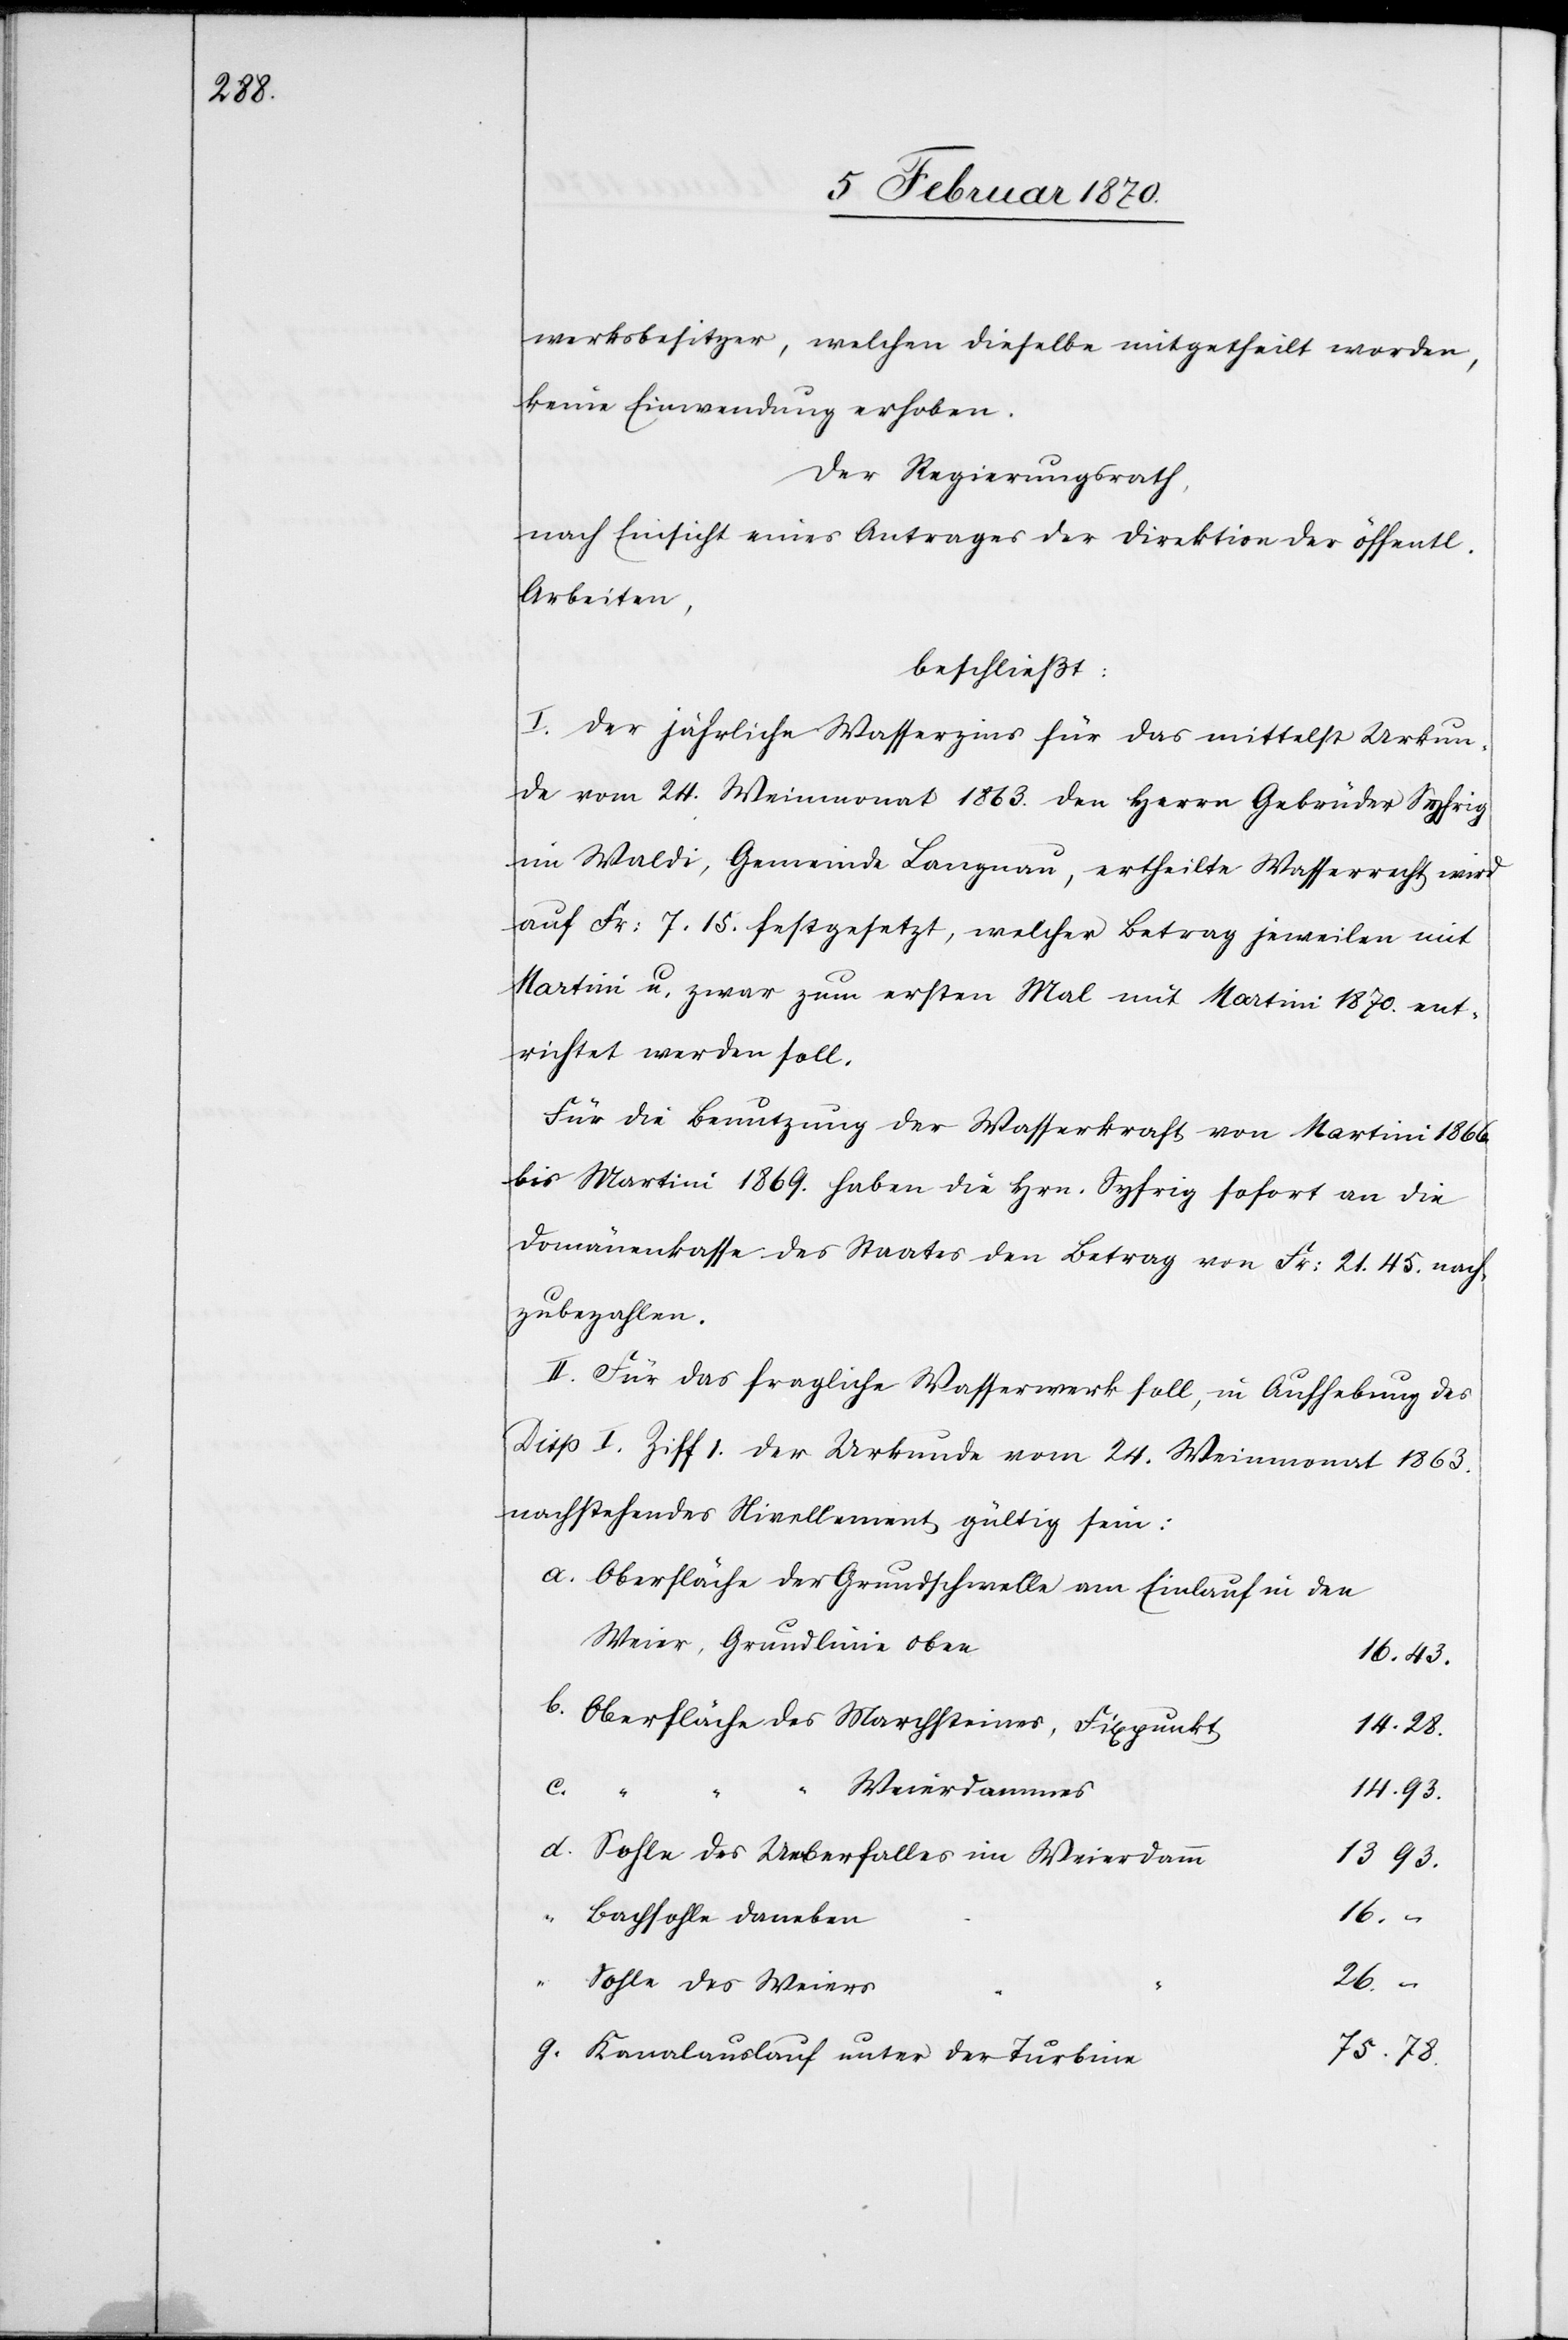
werksbesitzer, welchen dieselbe mitgetheilt worden,
keine Einwendung erhoben.
Der Regierungsrath,
nach Einsicht eines Antrages der Direktion der öffentl.
Arbeiten,
beschließt:
I. Der jährliche Wasserzins für das mittelst Urkun¬
de vom 24. Weinmonat 1863. den Herrn Gebrüder Syfrig
im Waldi, Gemeinde Langnau, ertheilte Wasserrecht wird
auf Fr. 7.15. festgesetzt, welcher Betrag jeweilen mit
Martini u. zwar zum ersten Mal mit Martini 1870 ent¬
richtet werden soll.
Für die Benutzung der Wasserkraft von Martini 1866.
bis Martini 1869. haben die Hrn. Syfrig sofort an die
Domänenkasse des Staates den Betrag von Fr: 21.45. nach¬
zubezahlen.
II. Für das fragliche Wasserwerk soll, in Aufhebung des
Disp. I. Ziff 1. der Urkunde vom 24. Weinmonat 1863.
nachstehendes Nivellement gültig sein:
a. Oberfläche der Grundschwelle am Einlauf in den
Weier, Grundlinie obe¬
n	16.43.
b. Oberfläche des Marchsteines, Fixpunk¬
e						75.78.
c.
93.
d. Sohle des Ueberfalles im Weierdam¬
des
g. Kanalauslauf unter der Turbin¬